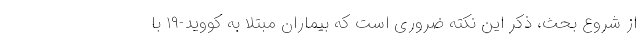
از شروع بحث، ذکر این نکته ضروری است که بیماران مبتلا به کووید-۱۹ با